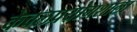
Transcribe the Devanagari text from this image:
केवलप्रयोगशाला